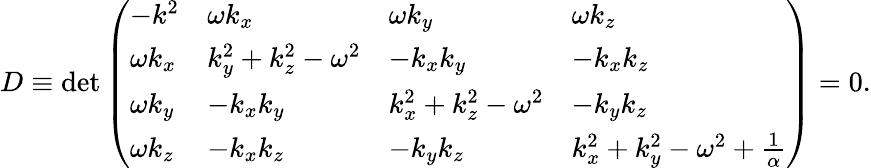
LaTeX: D\equiv\mathrm{{det}}\left(\begin{array}{llll}{{-k^{2}}}&{{\omega k_{x}}}&{{\omega k_{y}}}&{{\omega k_{z}}}\\ {{\omega k_{x}}}&{{k_{y}^{2}+k_{z}^{2}-\omega^{2}}}&{{-k_{x}k_{y}}}&{{-k_{x}k_{z}}}\\ {{\omega k_{y}}}&{{-k_{x}k_{y}}}&{{k_{x}^{2}+k_{z}^{2}-\omega^{2}}}&{{-k_{y}k_{z}}}\\ {{\omega k_{z}}}&{{-k_{x}k_{z}}}&{{-k_{y}k_{z}}}&{{k_{x}^{2}+k_{y}^{2}-\omega^{2}+{\frac{1}{\alpha}}}}\end{array}\right)=0.